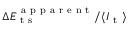
\Delta E _ { \mathrm { ~ t ~ s ~ } } ^ { \mathrm { ~ a ~ p ~ p ~ a ~ r ~ e ~ n ~ t ~ } } / \langle I _ { \mathrm { ~ t ~ } } \rangle